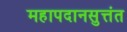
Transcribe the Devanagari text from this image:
महापदानसुत्तंत